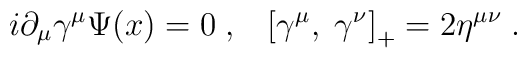
i\partial_\mu\gamma^\mu\Psi (x) = 0\;,\;\;\; \left[\gamma^\mu,\;\gamma^\nu\right]_{+} = 2\eta^{\mu\nu}\;.